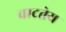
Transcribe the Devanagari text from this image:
वाटतेय